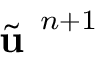
\Tilde { \textbf { u } } ^ { n + 1 }